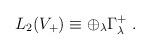
LaTeX: \begin{align*}L_{2}(V_{+})\equiv \oplus_{\lambda} \Gamma_{\lambda}^{+}\; .\end{align*}